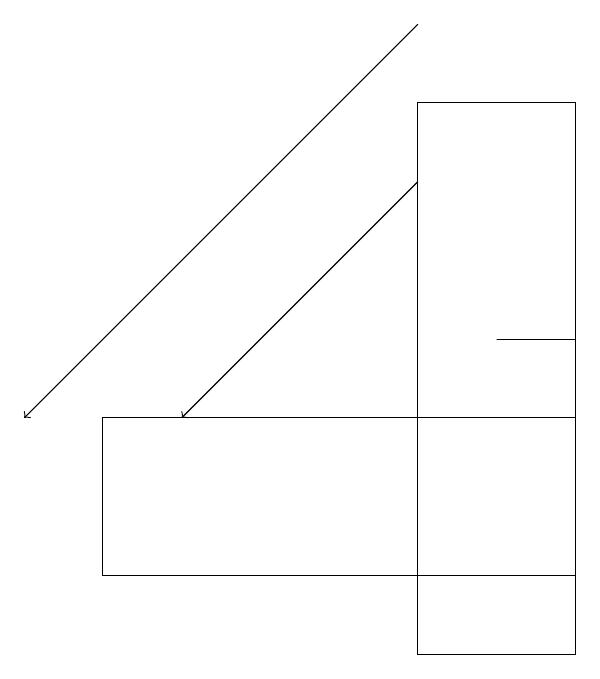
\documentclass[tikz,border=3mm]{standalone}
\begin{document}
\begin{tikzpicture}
\draw[->] (7,17) -- (4,14);
\draw (3,14) rectangle (9,12);
\draw (8,15) rectangle (9,15);
\draw (9,18) rectangle (7,11);
\draw[->] (7,19) -- (2,14);
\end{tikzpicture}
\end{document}